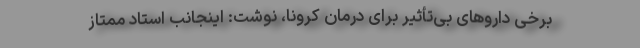
برخی داروهای بی‌‌تأثیر برای درمان کرونا، نوشت: اینجانب استاد ممتاز